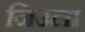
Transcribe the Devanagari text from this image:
जिउला